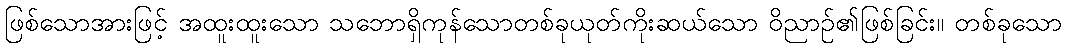
ဖြစ်သောအားဖြင့် အထူးထူးသော သဘောရှိကုန်သောတစ်ခုယုတ်ကိုးဆယ်သော ဝိညာဉ်၏ဖြစ်ခြင်း။ တစ်ခုသော